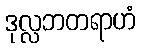
ဒုလ္လဘတရာဟံ